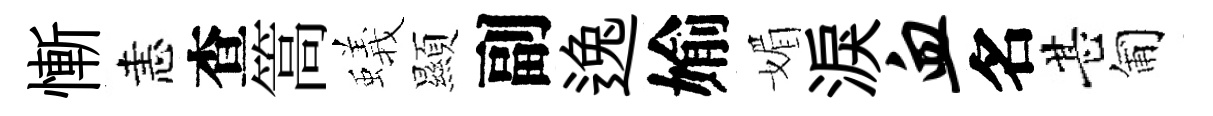
慚恚查篙蟻顯副逸媮媚淚血名甚匍